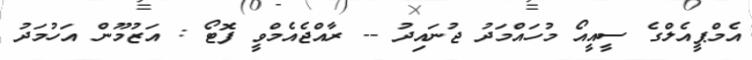
އެމްޕީއެލްގެ ސީއީއޯ މުހައްމަދު ޖުނައިދު -- ރާއްޖެއެމްވީ ފޮޓޯ : އަޒުމޫން އަހުމަދު